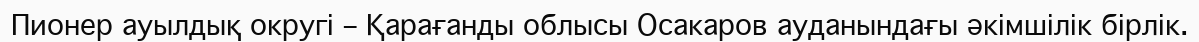
Пионер ауылдық округі – Қарағанды облысы Осакаров ауданындағы әкімшілік бірлік.